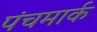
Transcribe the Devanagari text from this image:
पंचमार्क